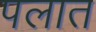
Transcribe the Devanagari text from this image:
पलात